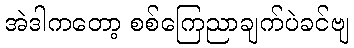
အဲဒါကတော့ စစ်ကြေညာချက်ပဲခင်ဗျ